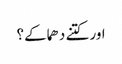
اور کتنے دھماکے؟